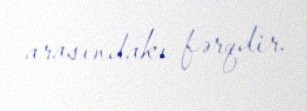
arasındakı fərqdir.